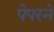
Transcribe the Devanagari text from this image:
पेपरने